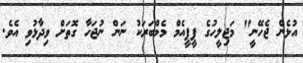
އުޅެން ޖެހޭނީ" މަޖިލީހުގެ ޕީޕީއެމް މެމްބަރަކު ނަން ނުޖަހާ ގޮތަށް ވިދާޅުވި އެވެ.